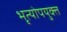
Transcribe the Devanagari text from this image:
भृत्योपयुक्त